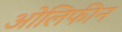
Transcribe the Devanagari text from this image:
ओलिफीन